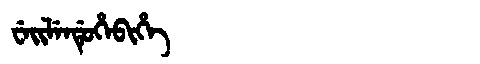
Manchu: ᠸᡝᡳᠯᡝᠨᡩᡠᡥᡝᠪᡳᡥᡝ
Romanization: WEILENDUHEBIHE